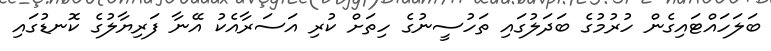
ބަލަހައްޓައިގެން ހުރުމުގެ ބަދަލުގައި ތަހުސީނުގެ ހިތަށް ކުރި އަސަރާއެކު އޭނާ ފަރިޔާލުގެ ކޮނޑުގައި